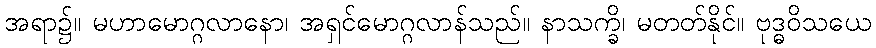
အရာ၌။ မဟာမောဂ္ဂလာနော၊ အရှင်မောဂ္ဂလာန်သည်။ နာသက္ခိ၊ မတတ်နိုင်။ ဗုဒ္ဓဝိသယေ